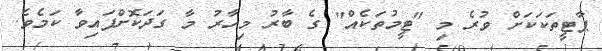
ޕާޓީތަކަކަށް ވުރެ މި "ޓީމުތަކެއް" ގެ ބާރު މިހާރު މާ ގަދަކޮށްފައިވާ ކަމެވެ.